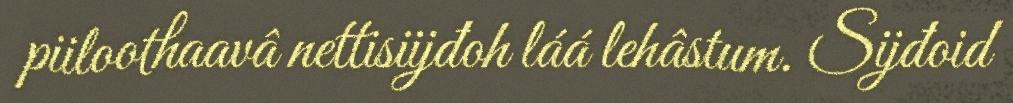
piiloothaavâ nettisiijđoh láá lehâstum. Sijđoid